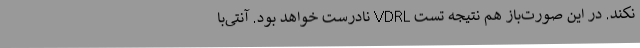
نکند. در این صورت‌باز هم نتیجه تست VDRL نادرست خواهد بود. آنتی‌با